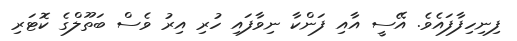
ފިނިހިފާފައެވެ. އޭސީ އާއި ފަންކާ ނިވާފައި ހުރި އިރު ވެސް ބަތޫލްގެ ކޮޓަރި